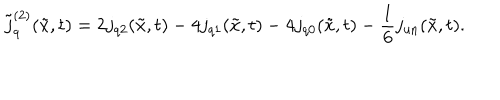
\tilde { j } _ { q } ^ { ( 2 ) } ( \tilde { x } , t ) = 2 j _ { q 2 } ( \tilde { x } , t ) - 4 j _ { q 1 } ( \tilde { x } , t ) - 4 j _ { q 0 } ( \tilde { x } , t ) - \frac { 1 } { 6 } j _ { \mathrm { u n } } ( \tilde { x } , t ) .